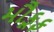
મૌકૂફ